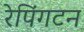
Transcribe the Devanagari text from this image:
रेपिंगटन